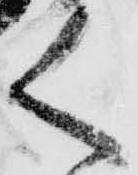
く